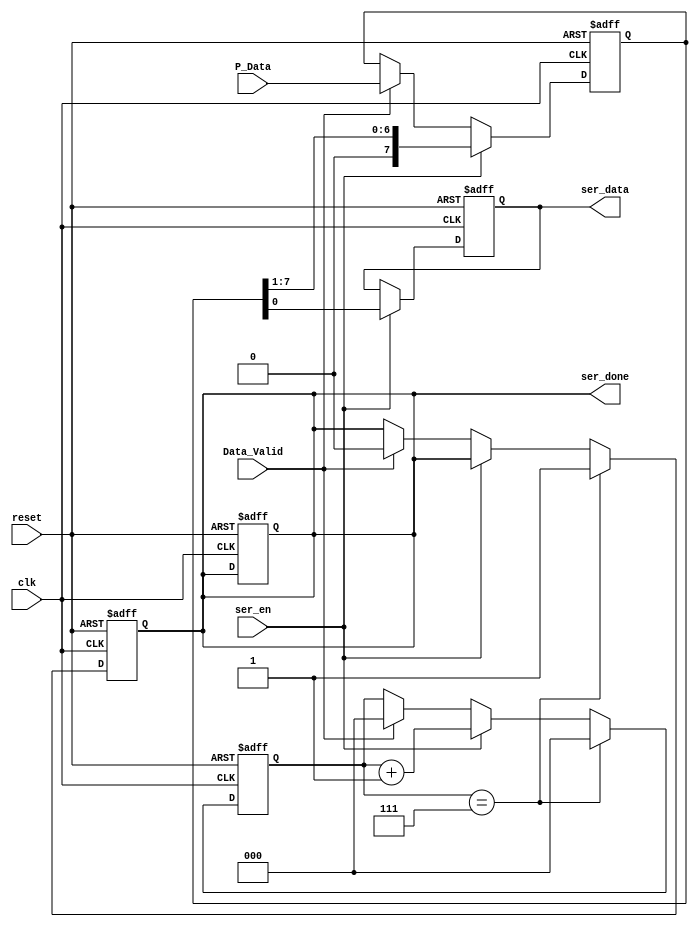
module serializer #(
    parameter FRAME_WIDTH = 8,
    parameter COUNTER_WIDTH = 3
) (
    input clk,
    input reset, 
    input ser_en,
    input Data_Valid,
    input [FRAME_WIDTH-1:0] P_Data,
    output reg ser_done,
    output reg ser_data
);
    reg [FRAME_WIDTH-1:0] temp;
    reg [COUNTER_WIDTH-1 :0] counter;
//////////////////SERIAL OUTPUT///////////////////////////
    always @(posedge clk or negedge reset) begin
        if (!reset) begin
            ser_data <= 0;
            ser_done <=0;
            temp <=0;
        end
        else if (ser_en)begin
            {temp,ser_data} <= {1'b0,temp};
        end
        else if (Data_Valid) begin
            temp <= P_Data;
        end
    end

///////////////COUNTER///////////////////
    always @(posedge clk or negedge reset) begin
        if (!reset) begin
            counter <= 0; 
            ser_done <= 0;
        end
        else if (counter == (2**COUNTER_WIDTH)-1) begin
            ser_done <= 1;
            counter <= 0;
        end
        else if (ser_en) begin
            counter <= counter + 1;

        end
        else if (Data_Valid) begin
            counter <= 0;
            ser_done <= 0;
        end

    end

endmodule